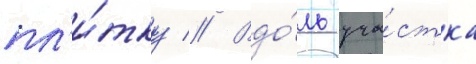
пл'и́тку // Вдо́ль уча́стка